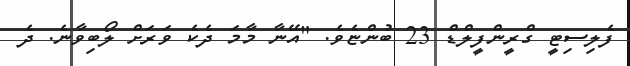
ފެލިސިޓީ ގްރީންފީލްޑް 23 ބުންޏެވެ. "އޭނާ މާމަ ދެކެ ވަރަށް ލޯބިވާނެ. ދެ